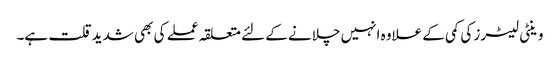
وینٹی لیٹرز کی کمی کے علاوہ انہیں چلانے کے لئے متعلقہ عملے کی بھی شدیدقلت ہے۔